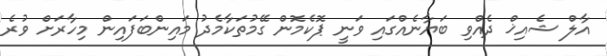
އާލް ޝެއިޚް ދެއްވި ބަޔާނެއްގައި ވަނީ ޕޮކެމޮން ގޭމުތަކާމެދު މައިންބަފައިން މިހާރަށް ވުރެ